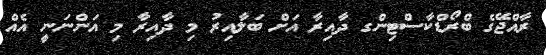
ރާއްޖޭގެ ބްރޯޑްކާސްޓިންގ ދާއިރާ އަށް ބަލާއިރު މި ދާއިރާ މި އަންނަނީ އެއް